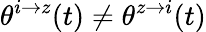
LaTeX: \theta^{i\rightarrow z}(t)\neq\theta^{z\rightarrow i}(t)